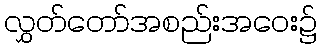
လွှတ်တော်အစည်းအဝေး၌